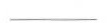
___